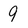
Character: 9